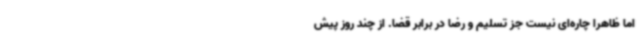
اما ظاهرا چاره‌ای نیست جز تسلیم و رضا در برابر قضا. از چند روز پیش